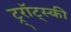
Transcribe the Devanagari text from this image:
ट्र्रॉट्स्की